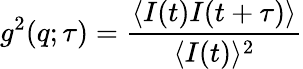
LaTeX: g^{2}(q;\tau)={\frac{\langle I(t)I(t+\tau)\rangle}{\langle I(t)\rangle^{2}}}